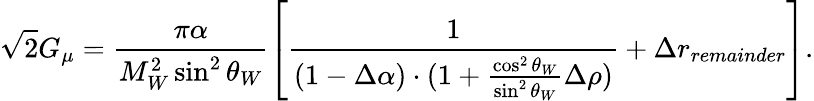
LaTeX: \sqrt{2}G_{\mu}=\frac{\pi\alpha}{M_{W}^{2}\sin^{2}\theta_{W}}\left[\frac{1}{(1-\Delta\alpha)\cdot(1+\frac{\cos^{2}\theta_{W}}{\sin^{2}\theta_{W}}\Delta\rho)}+\Delta r_{remainder}\right].